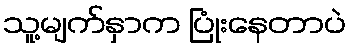
သူ့မျက်နှာက ပြုံးနေတာပဲ